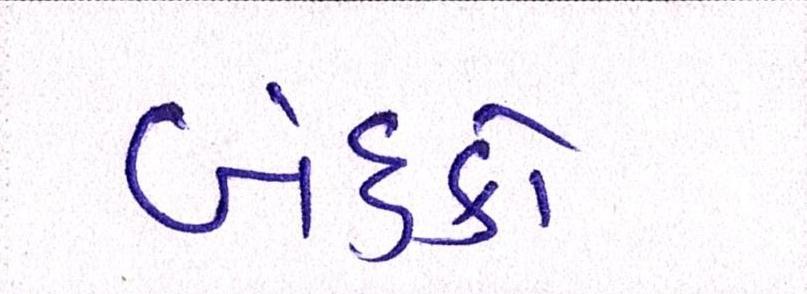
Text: બંદુકો